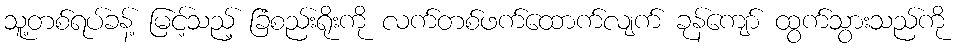
သူ့တစ်ရပ်ခန့် မြင့်သည့် ခြံစည်းရိုးကို လက်တစ်ဖက်ထောက်လျက် ခုန်ကျော် ထွက်သွားသည်ကို